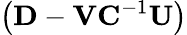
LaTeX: \left(\mathbf{D}-\mathbf{V}\mathbf{C}^{-1}\mathbf{U}\right)